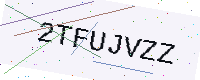
Text: 2TFUJVZZ